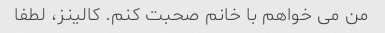
من می خواهم با خانم صحبت کنم. کالینز، لطفا